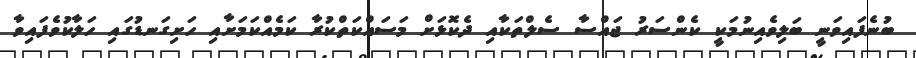
ބުނެފައިވަނީ ބަލިވެއިނުމަކީ ކެންސަރު ޖައްސާ ސެލްތަކާއި ދެކޮޅަށް މަސައްކަތްކުރާ ކަމެއްކަމަށާއި ހަށިގަނޑުގައި ހަލާކުވެފައިވާ